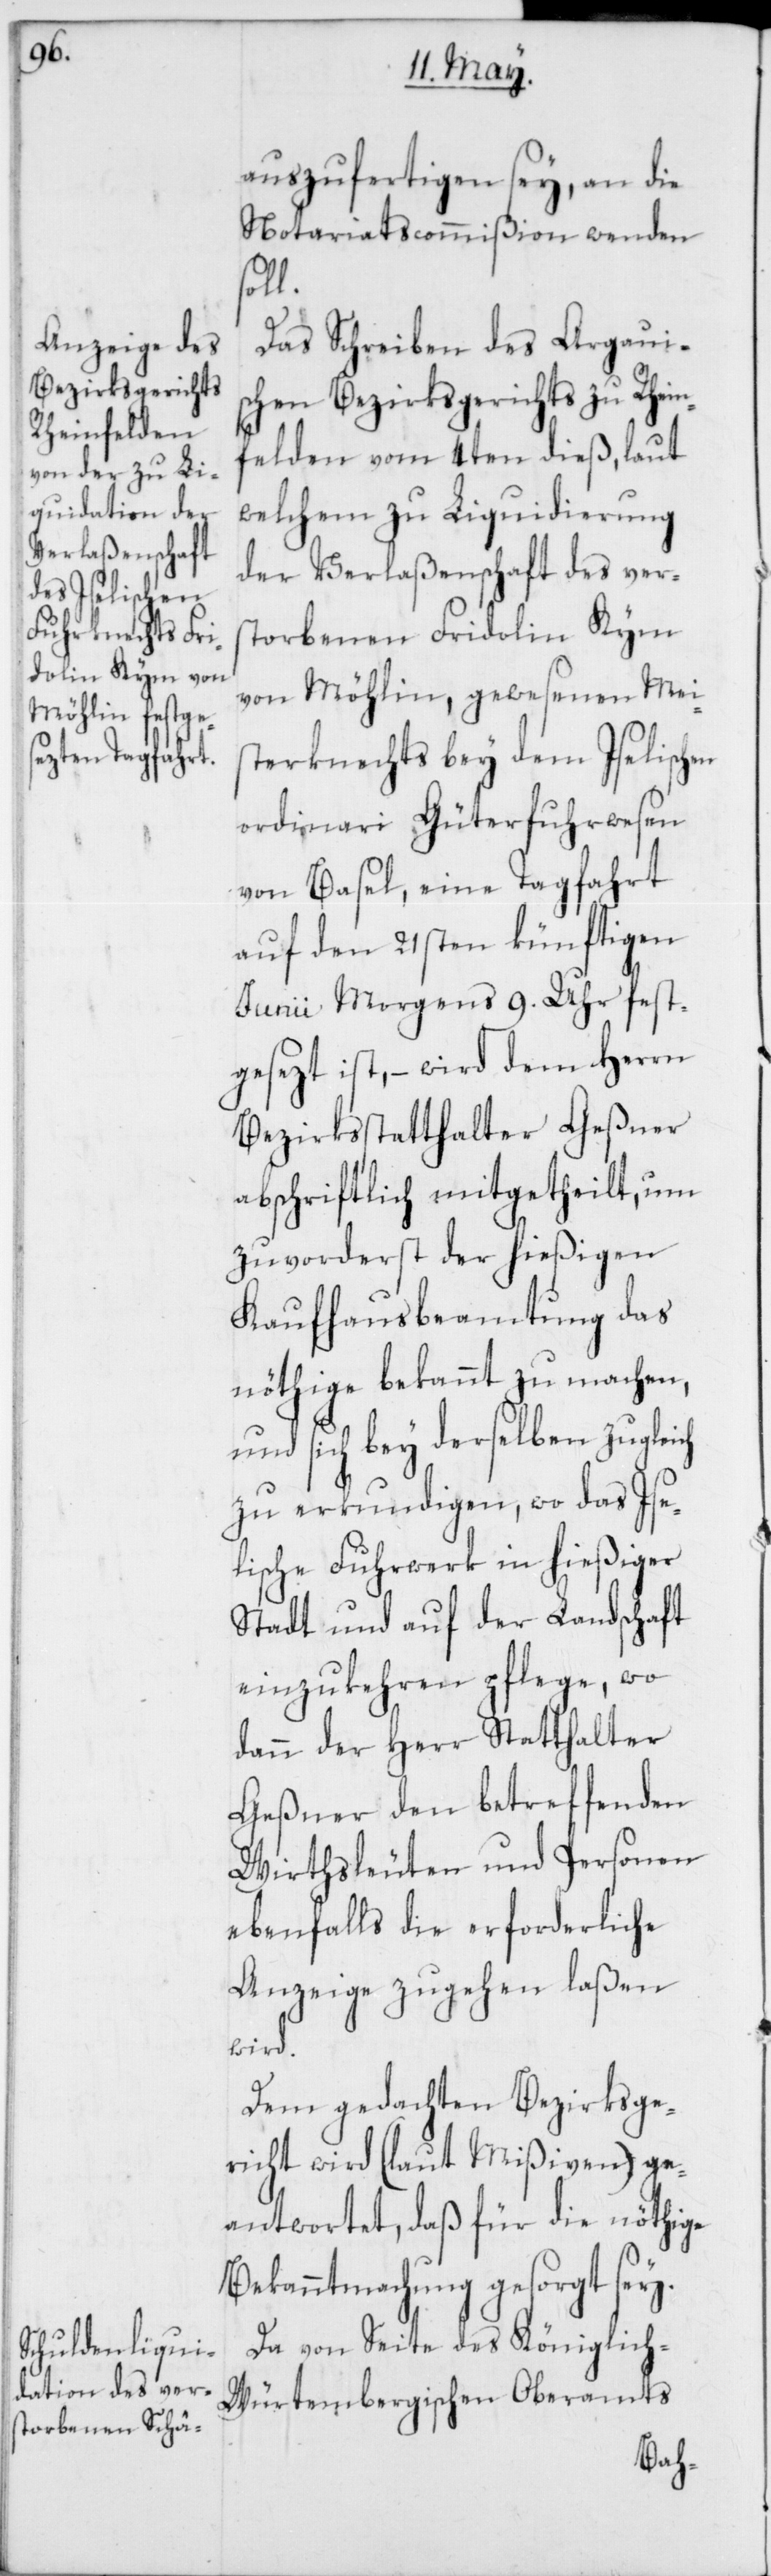
auszufertigen sey, an die
Notariatscommißion wenden
soll.
Das Schreiben des Argauis¬
chen Bezirksgerichts zu Rhein¬
felden vom 4ten dieß, laut
welchem zu Liquidierung
der Verlaßenschaft des vers¬
torbenen Fridolin Kym
von Möhlin, gewesenen Meis¬
terknechts bey dem Iselischen
ordinari Güterfuhrwesen
von Basel, eine Tagfahrt
auf den 21sten künftigen
Junii morgens 9. Uhr fest¬
gesezt ist, – wird dem Herrn
Bezirksstatthalter Geßner
abschriftlich mitgetheilt, um
zuvorderst der hießigen
Kaufhausbeamtung das
nöthige bekannt zu machen,
und sich bey derselben zugleich
zu erkundigen, wo das Ise¬
lische Fuhrwerk in hießiger
Stadt und auf der Landschaft
einzukehren pflege, wo
dann der Herr Statthalter
Geßner den betreffenden
Wirthsleuten und Personen
ebenfalls die erforderliche
Anzeige zugehen laßen
wird.
Dem gedachten Bezirksge¬
richt wird (laut Mißiven) ge¬
antwortet, daß für die nöthige
Bekanntmachung gesorgt sey.
Da von Seite des Königlich-W¬
ürtembergischen Oberamts